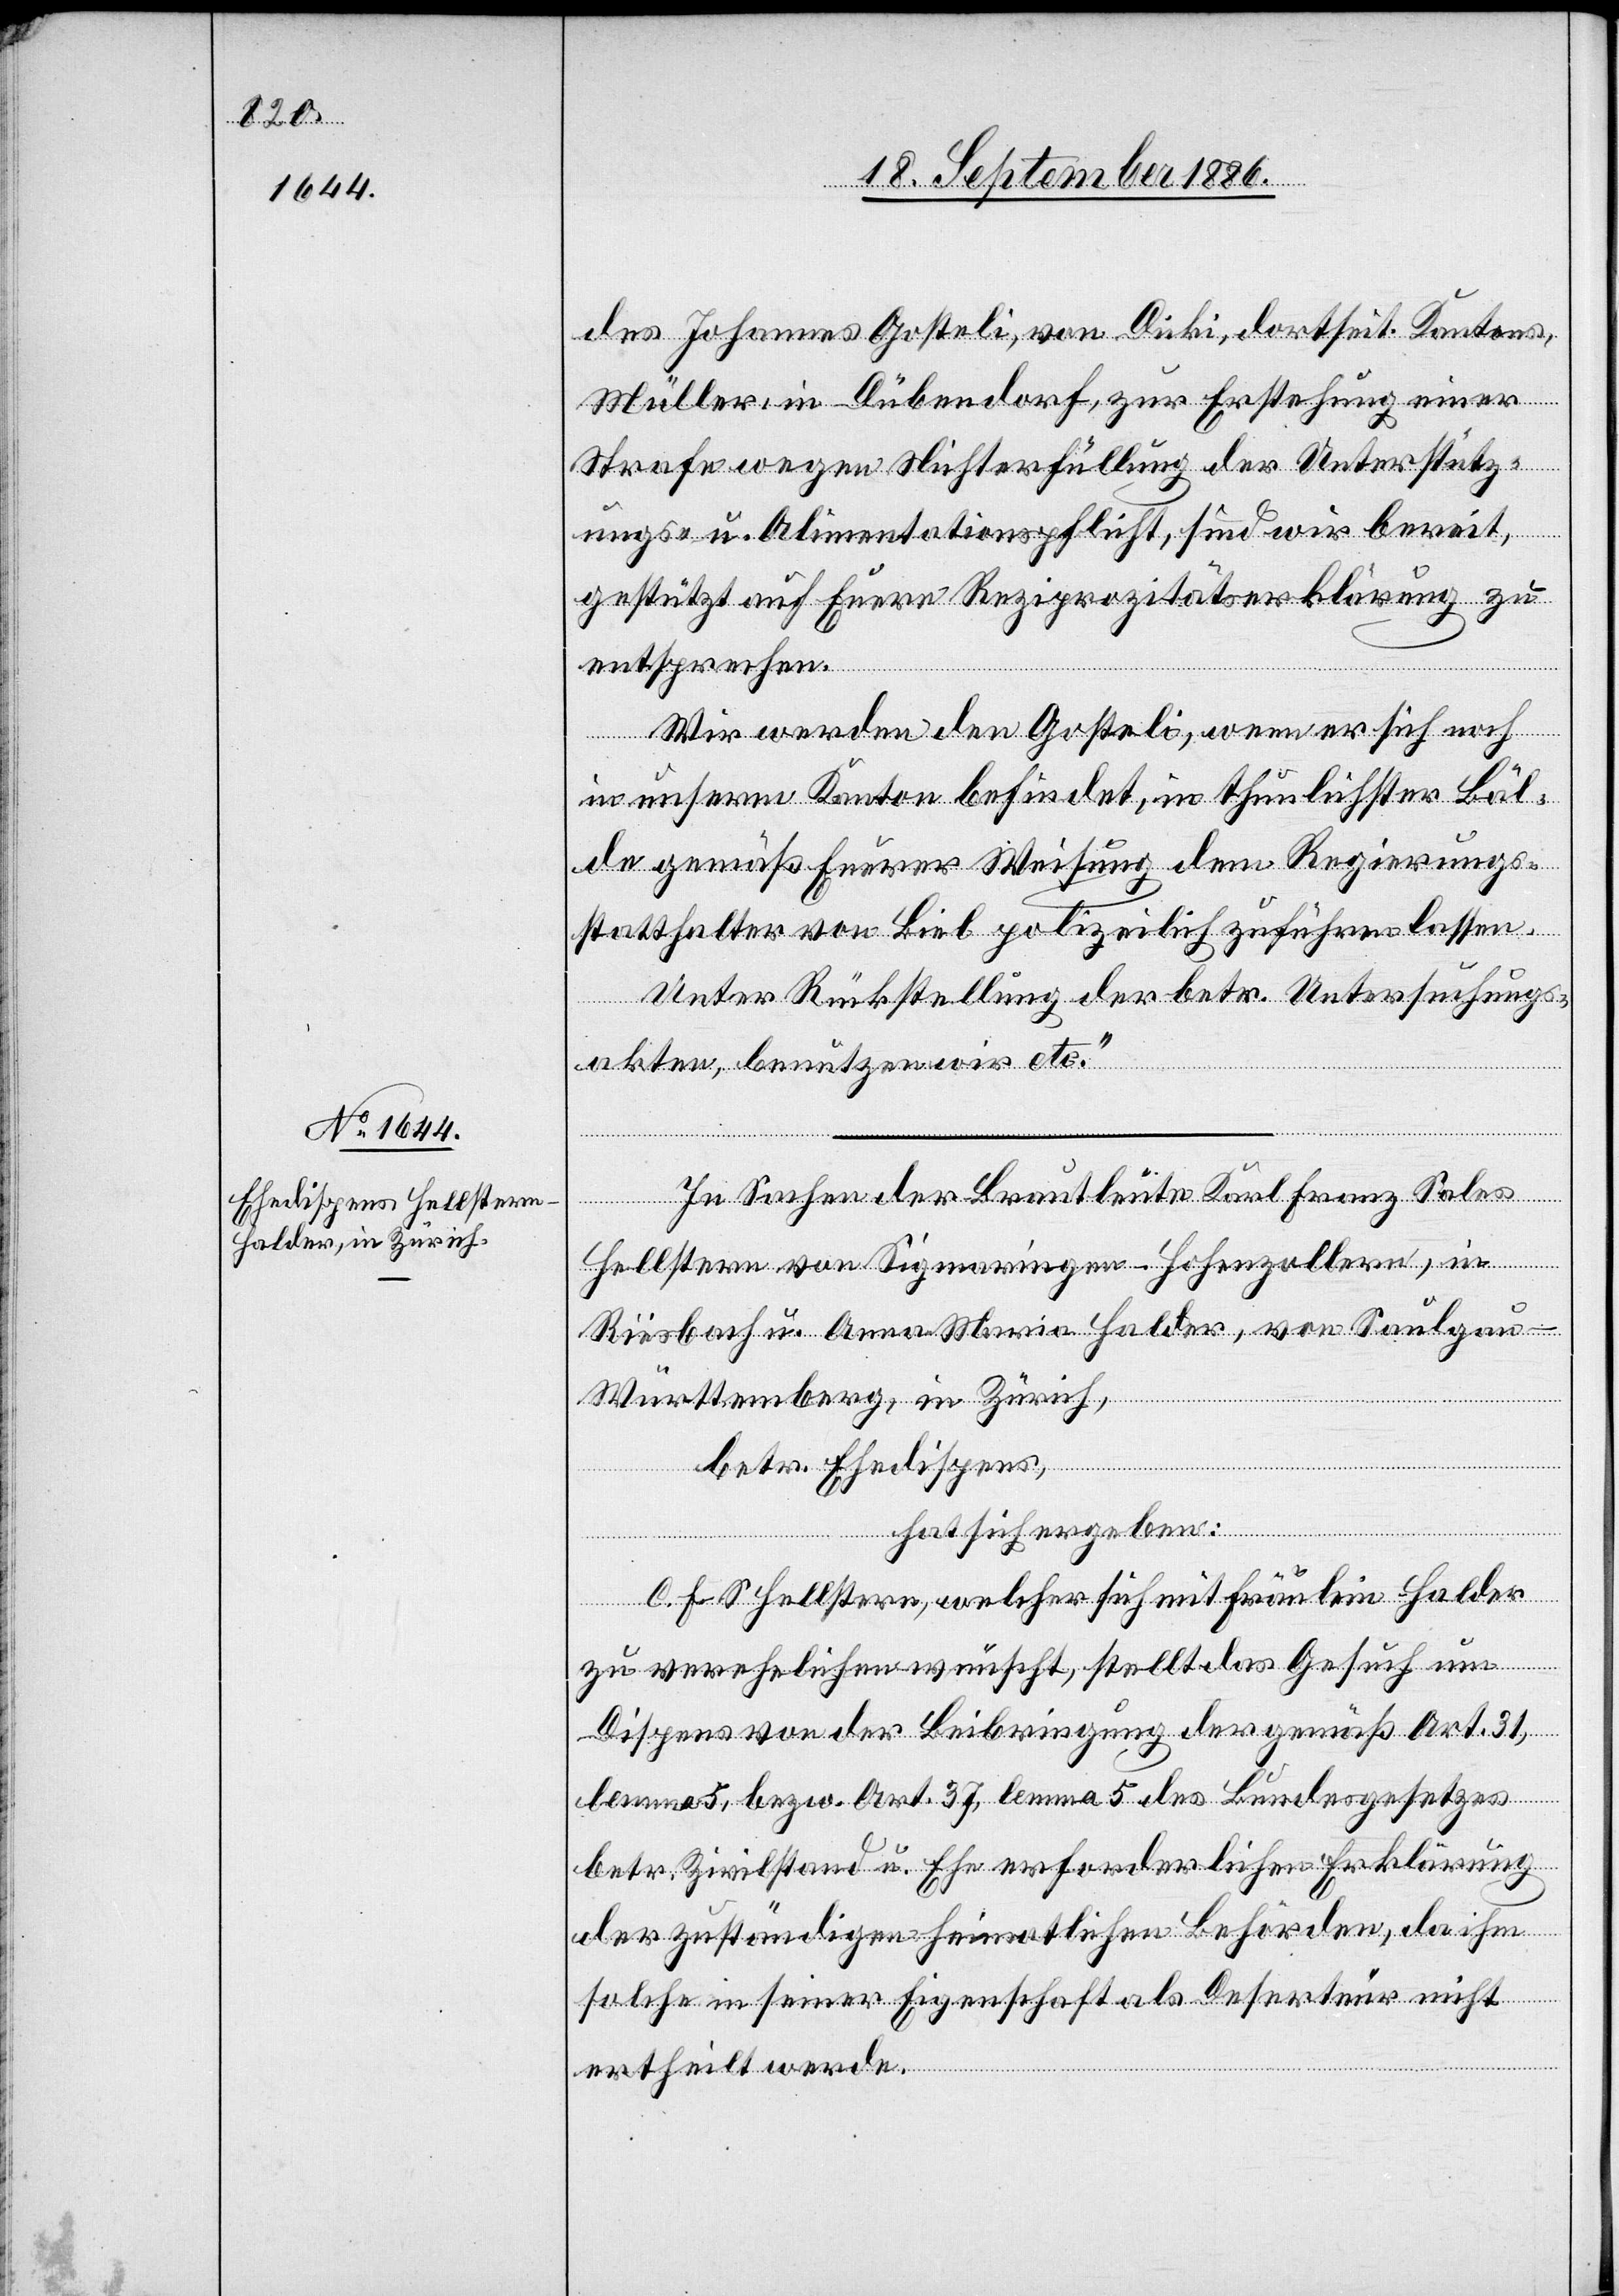
des Johannes Gosteli, von Dicki, dortseit. Kantons,
Müller, in Dübendorf, zur Erstehung einer
Strafe wegen Nichterfüllung der Unterstütz¬
ungs- u. Alimentationspflicht, sind wir bereit,
gestützt auf Euere Reziprozitätserklärung zu
entsprechen.
Wir werden den Gosteli, wenn er sich noch
in unserm Kanton befindet, in thunlichster Bäl¬
de gemäß Euerer Weisung dem Regierungs¬
statthalter von Biel polizeilich zuführen lassen.
Unter Rückstellung der betr. Untersuchungs¬
akten, benutzen wir etc.“
In Sachen der Brautleute Karl Franz Sales
Hellstern von Sigmaringen - Hohenzollern, in
Riesbach u. Anna Maria Halder, von Saulgau -
Württemberg, in Zürich,
betr. Ehedispens,
hat sich ergeben:
C. F. S. Hellstern, welcher sich mit Fräulein Halder
zu verehelichen wünscht, stellt das Gesuch um
Dispens von der Beibringung der gemäß Art. 31,
lemma 5, bezw. Art. 37, lemma 5 des Bundesgesetzes
betr. Zivilstand u. Ehe erforderlichen Erklärung
der zuständigen heimatlichen Behörden, da ihm
solche in seiner Eigenschaft als Deserteur nicht
ertheilt werde.